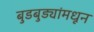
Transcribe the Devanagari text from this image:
बुडबुड्यांमधून